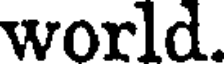
world.